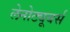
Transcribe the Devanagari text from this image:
लेनोट्यूबर्स